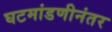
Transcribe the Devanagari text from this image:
घटमांडणीनंतर